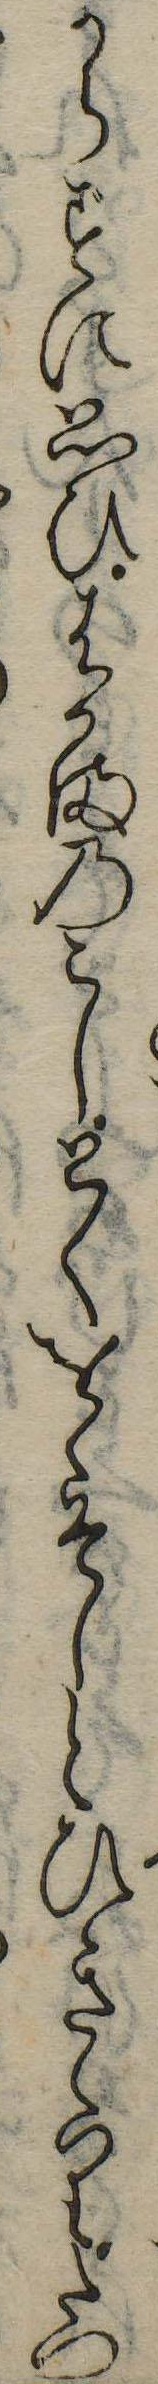
からずに思ひはかまのこしとくをゝそしとひきゝりたつ